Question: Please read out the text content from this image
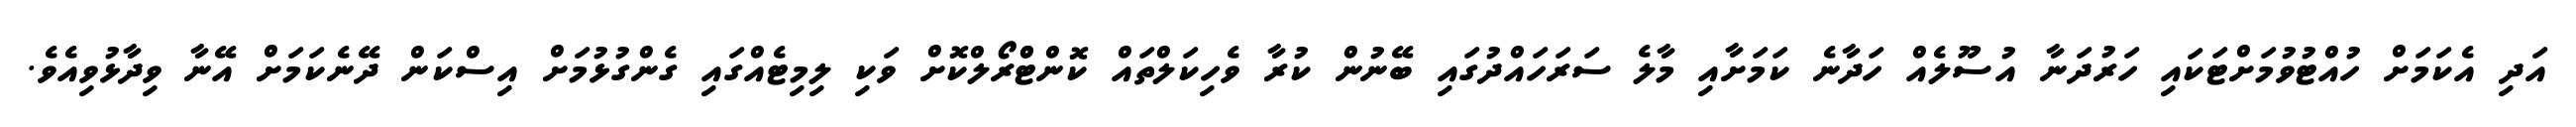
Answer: އަދި އެކަމަށް ހުއްޓުވުމަށްޓަކައި ހަރުދަނާ އުސޫލެއް ހަދާނެ ކަމަށާއި މާލެ ސަރަހައްދުގައި ބޭނުން ކުރާ ވެހިކަލްތައް ކޮންޓްްރޯލްކޮށް ވަކި ލިމިޓެއްގައި ގެންގުޅުމަށް އިސްކަން ދޭނެކަމަށް އޭނާ ވިދާޅުވިއެވެ.